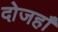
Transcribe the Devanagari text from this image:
दोजहाँ